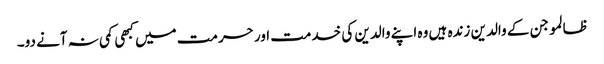
ظالمو جن کے والدین زندہ ہیں وہ اپنے والدین کی خدمت اور حرمت میں کبھی کمی نہ آنے دو۔